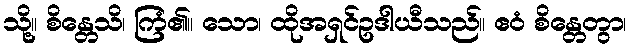
သို့။ စိန္တေသိ၊ ကြံ၏။ သော၊ ထိုအရှင်ဥဒါယီသည်။ ဧဝံ စိန္တေတွာ၊